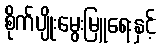
စိုက်ပျိုးမွေးမြူရေးနှင့်